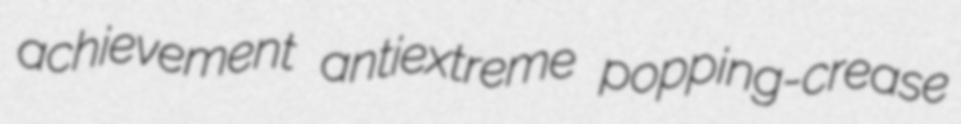
achievement antiextreme popping-crease